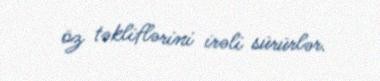
öz təkliflərini irəli sürürlər.